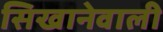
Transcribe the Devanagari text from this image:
सिखानेवाली